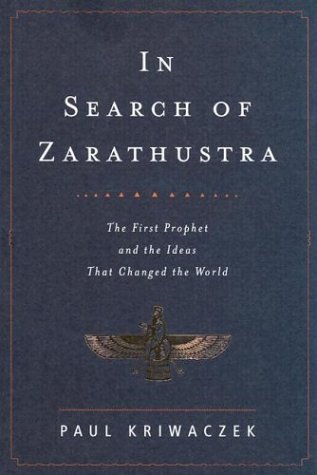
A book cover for In Search of Zarathustra: The First Prophet and the Ideas That Changed the World; Paul Kriwaczek; Religion & Spirituality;